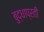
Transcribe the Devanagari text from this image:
बुद्धाप्रती